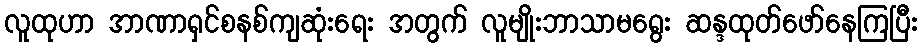
လူထုဟာ အာဏာရှင်စနစ်ကျဆုံးရေး အတွက် လူမျိုးဘာသာမရွေး ဆန္ဒထုတ်ဖော်နေကြပြီး